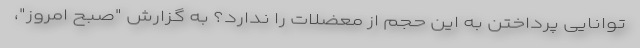
توانایی پرداختن به این حجم از معضلات را ندارد؟ به گزارش "صبح امروز"،